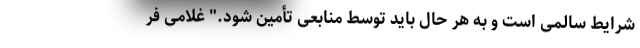
شرایط سالمی است و به هر حال باید توسط منابعی تأمین شود." غلامی فر